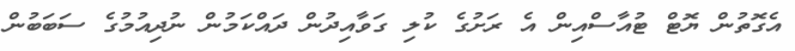
އެގޮތުން ޔޮޓް ޓުއާސްއިން އެ ރަށުގެ ކުލި ގަވާއިދުން ދައްކަމުން ނުދިއުމުގެ ސަބަބުން